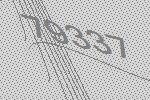
79337